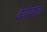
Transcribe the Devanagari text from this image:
देवीवाक्‌